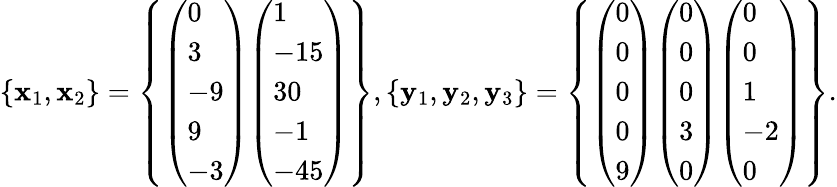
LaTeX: \left\{ \mathbf{x}_{1},\mathbf{x}_{2}\right\} =\left\{ {\left(\begin{array}{l}{0}\\ {3}\\ {-9}\\ {9}\\ {-3}\end{array}\right)}{\left(\begin{array}{l}{1}\\ {-15}\\ {30}\\ {-1}\\ {-45}\end{array}\right)}\right\} ,\left\{ \mathbf{y}_{1},\mathbf{y}_{2},\mathbf{y}_{3}\right\} =\left\{ {\left(\begin{array}{l}{0}\\ {0}\\ {0}\\ {0}\\ {9}\end{array}\right)}{\left(\begin{array}{l}{0}\\ {0}\\ {0}\\ {3}\\ {0}\end{array}\right)}{\left(\begin{array}{l}{0}\\ {0}\\ {1}\\ {-2}\\ {0}\end{array}\right)}\right\} .